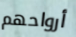
أرواحهم